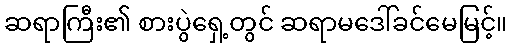
ဆရာကြီး၏ စားပွဲရှေ့တွင် ဆရာမဒေါ်ခင်မေမြင့်။